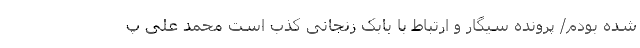
شده بودم/ پرونده سیگار و ارتباط با بابک زنجانی کذب است محمد علی پ